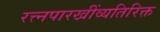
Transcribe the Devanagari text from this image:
रत्त्‍नपारखींव्यतिरिक्त